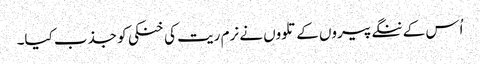
اُس کے ننگے پیروں کے تلووں نے نرم ریت کی خنکی کو جذب کیا۔